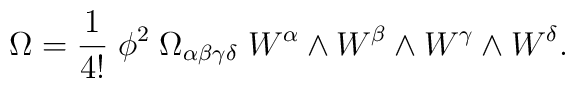
\Omega=\frac{1}{4!}\;\phi^2 \;\Omega_{\alpha\beta\gamma\delta}\; W^{\alpha}\wedge W^{\beta} \wedge W^{\gamma} \wedge W^{\delta}.